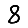
Digit: 8